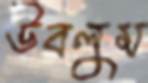
উবলুম